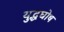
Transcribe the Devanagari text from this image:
युद्धघोष